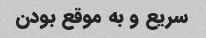
سریع و به موقع بودن